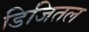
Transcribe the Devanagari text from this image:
डिजितल